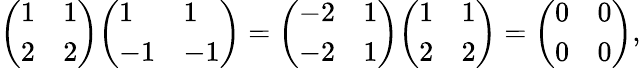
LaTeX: {\left(\begin{array}{ll}{1}&{1}\\ {2}&{2}\end{array}\right)}{\left(\begin{array}{ll}{1}&{1}\\ {-1}&{-1}\end{array}\right)}={\left(\begin{array}{ll}{-2}&{1}\\ {-2}&{1}\end{array}\right)}{\left(\begin{array}{ll}{1}&{1}\\ {2}&{2}\end{array}\right)}={\left(\begin{array}{ll}{0}&{0}\\ {0}&{0}\end{array}\right)},